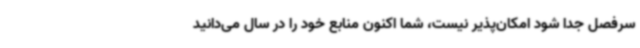
سرفصل جدا شود امکان‌پذیر نیست، شما اکنون منابع خود را در سال می‌دانید